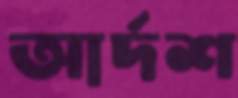
আর্দশ